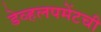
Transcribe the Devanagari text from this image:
डेव्हलपमेंटची